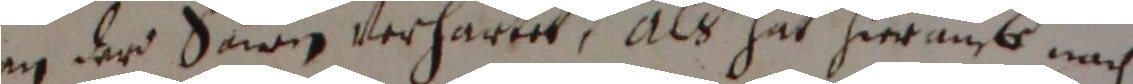
an der sannen verharret, als hat hierauf nach